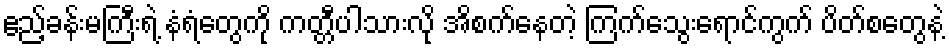
ဧည့်ခန်းမကြီးရဲ့ နံရံတွေကို ကတ္တီပါသားလို အိစက်နေတဲ့ ကြက်သွေးရောင်ကွက် ပိတ်စတွေနဲ့